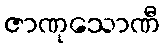
ဇာဏုသောဏီ